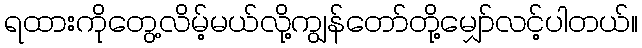
ရထားကိုတွေ့လိမ့်မယ်လို့ကျွန်တော်တို့မျှော်လင့်ပါတယ်။